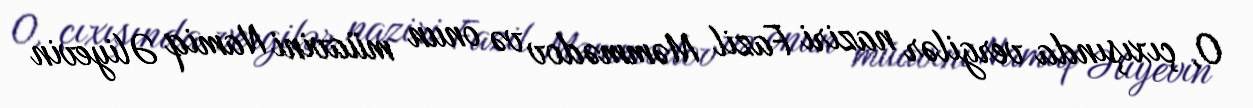
O, çıxışında vergilər naziri Fazil Məmmədov və onun müavini Namiq Əliyevin